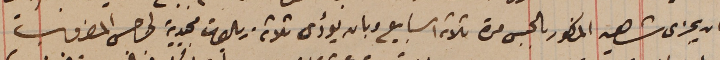
ان يجزى شاهين المذكور بالحبس مدة ثلاثة اسابيع وبان يؤدى ثلاثة ريالات مجيدية لجرجس المضروب